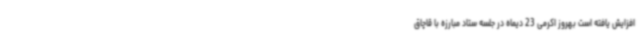
افزایش یافته است بهروز اکرمی 23 دیماه در جلسه ستاد مبارزه با قاچاق